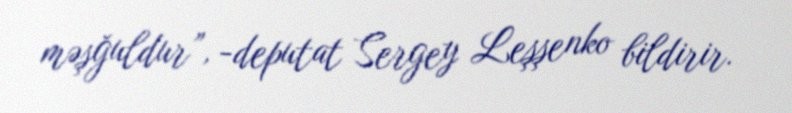
məşğuldur”, -deputat Sergey Leşşenko bildirir.